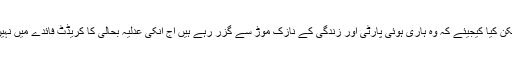
لیکن کیا کیجیئے کہ وہ ہاری ہوئی پارٹی اور زندگی کے نازک موڑ سے گزر رہے ہیں آج انکی عدلیہ بحالی کا کریڈٹ فائدے میں نہیں۔